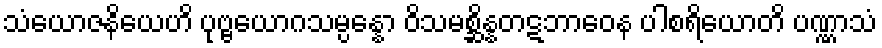
သံယောဇနိယေဟိ ပုဗ္ဗယောဂသမ္ပန္နော ဝိသမစ္ဆိန္နတဋဘာဝေန ပါစရိယောတိ ပဏ္ဏာသံ